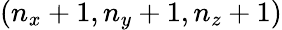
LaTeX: (n_{x}+1,n_{y}+1,n_{z}+1)